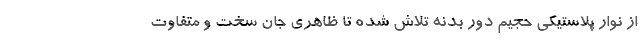
از نوار پلاستیکی حجیم دور بدنه تلاش شده تا ظاهری جان سخت و متفاوت